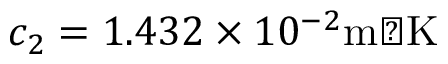
c _ { 2 } = 1 . 4 3 2 \times 1 0 ^ { - 2 } { \mathrm { m � K } }